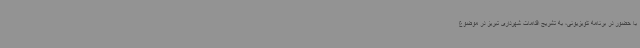
با حضور در برنامه تلویزیونی، به تشریح اقدامات شهرداری تبریز در موضوع